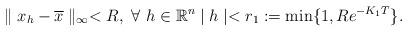
LaTeX: \begin{align*}\parallel x_h - \overline{x} \parallel_{\infty}<R,\ \forall\ h\in\mathbb{R}^n \mid h \mid<r_1:=\min \lbrace 1, R e^{-K_1 T}\rbrace.\end{align*}